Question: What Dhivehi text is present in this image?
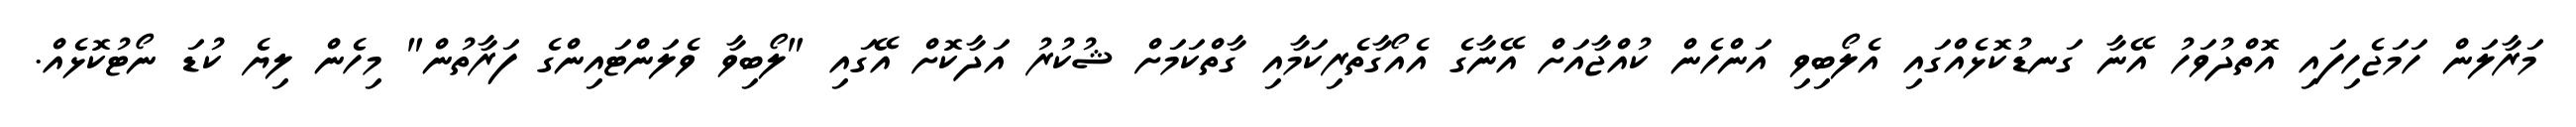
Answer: މަރާލަން ހަމަޖެހިފައި އޮތްދުވަހު އޭނާ ގަނޑުކޮޅެއްގައި އެލޯބިވި އަންހެން ކުއްޖާއަށް އޭނާގެ އެއޯގާތެރިކަމާއި ގާތްކަމަށް ޝުކުރު އަދާކޮށް އޭގައި "ލޯބިވާ ވެލަންޓައިންގެ ފަރާތުން" މިހެން ލިޔެ ކުޑަ ނޯޓުކޮޅެއް.